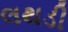
લથડી